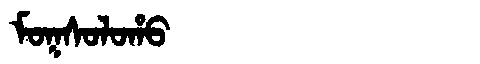
Manchu: ᠮᠣᡴᠰᠣᠯᠣᡥᠣ
Romanization: MOKSOLOHO